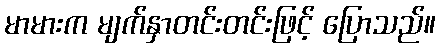
မာမားက မျက်နှာတင်းတင်းဖြင့် ပြောသည်။